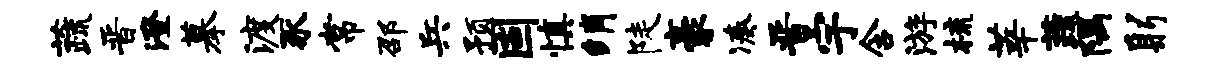
蔬晋澄摹渡豕常邵兵预固慎绡陡豪凑晋宇含游梳莘蔬隅躬